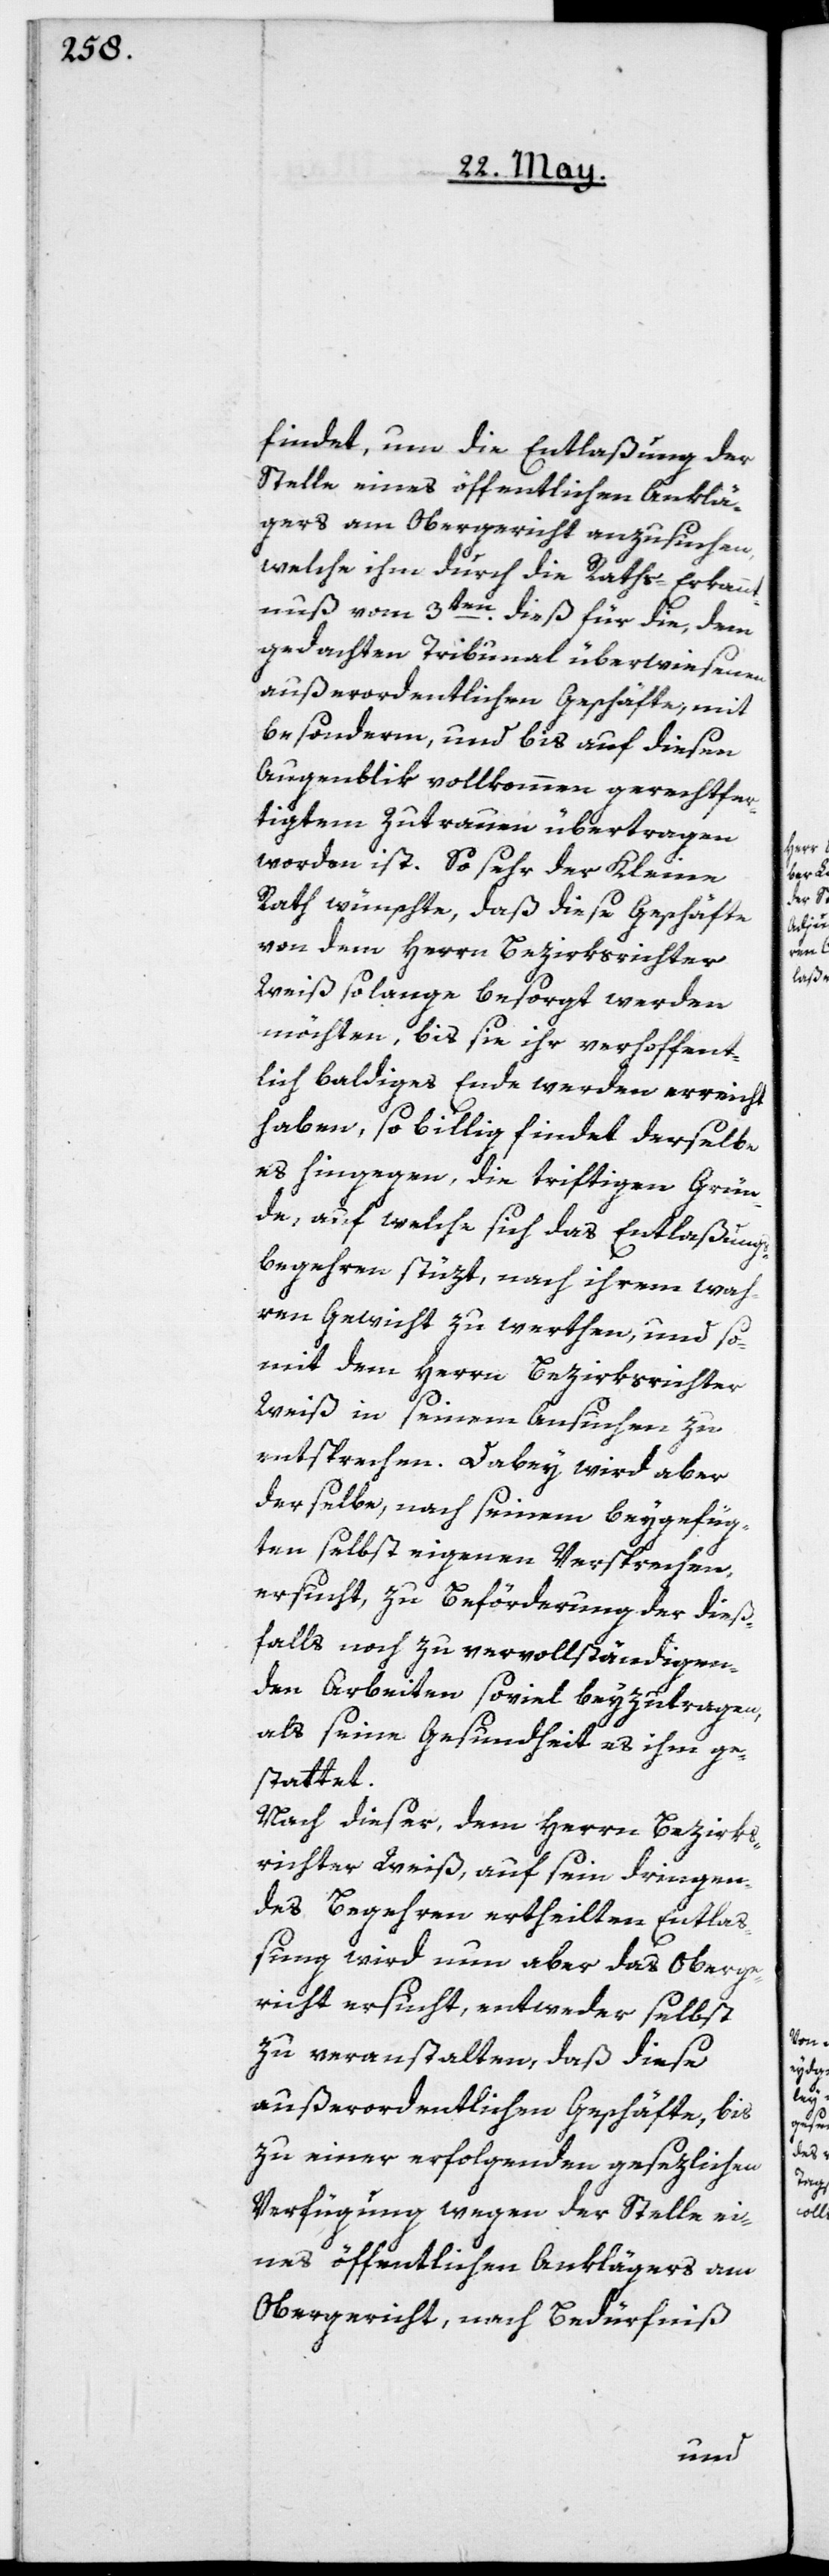
findet, um die Entlaßung der
Stelle eines öffentlichen Anklä¬
gers am Obergericht anzusuchen,
welche ihm durch die Raths-Erkannt¬
nuß vom 3ten dieß für die, dem
gedachten Tribunal überwiesenen
außerordentlichen Geschäfte, mit
besonderm, und bis auf diesen
Augenblik vollkommen gerechtfer¬
tigtem Zutrauen übertragen
worden ist. So sehr der Kleine
Rath wünschte, daß diese Geschäfte
von dem Herrn Bezirksrichter
Weiß solange besorgt werden
möchten, bis sie ihr verhoffent¬
lich baldiges Ende werden erreicht
haben, so billig findet derselbe
es hingegen, die triftigen Grün¬
de, auf welche sich das Entlaßungs¬
begehren stüzt, nach ihrem wah¬
ren Gewicht zu werthen, und so¬
mit dem Herrn Bezirksrichter
Weiß in seinem Ansuchen zu
entsprechen. Dabey wird aber
derselbe, nach seinem beygefüg¬
ten selbst eigenen Versprechen,
ersucht, zu Beförderung der dieß¬
falls noch zu vervollständigen¬
den Arbeiten soviel beyzutragen,
als seine Gesundheit es ihm ge¬
stattet.
Nach dieser, dem Herrn Bezirks¬
richter Weiß, auf sein dringen¬
des Begehren ertheilten Entlaß¬
ung wird nun aber das Oberge¬
richt ersucht, entweder selbst
zu veranstalten, daß diese
außerordentlichen Geschäfte, bis
zu einer erfolgenden gesezlichen
Verfügung wegen der Stelle ei¬
nes öffentlichen Anklägers am
Obergericht, nach Bedürfniß